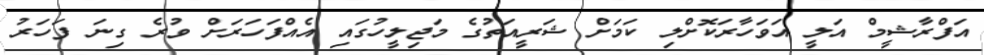
އަފްރާޝީމް އަލީ އަވަހާރަކޮށްލި ކަމަށް ޝަރީއަތުގެ މަޖިލީހުގައި އެއްފަހަރަށް ވުރެ ގިނަ ފަހަރު